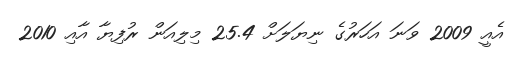
އެއީ 2009 ވަނަ އަހަރުގެ ނިޔަލަށް 25.4 މިލިއަން ރުފިޔާ އާއި 2010